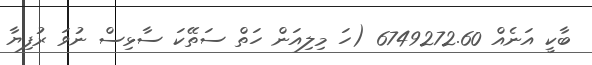
ބާކީ އަނެއް 6749272.60 (ހަ މިލިއަން ހަތް ސަތޭކަ ސާޅިސް ނުވަ ރުފިޔާ